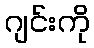
ဂျင်းကို